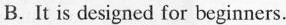
B. It is designed for beginners.